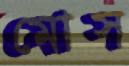
মোস